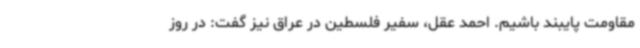
مقاومت پایبند باشیم. احمد عقل، سفیر فلسطین در عراق نیز گفت: در روز